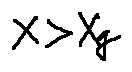
x > X q